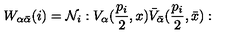
W _ { \alpha \bar { \alpha } } ( i ) = { \cal N } _ { i } : V _ { \alpha } ( \frac { p _ { i } } { 2 } , x ) \bar { V } _ { \bar { \alpha } } ( \frac { p _ { i } } { 2 } , \bar { x } ) :